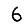
Digit: 6